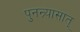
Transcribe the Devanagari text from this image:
पुनन्र्यासात्